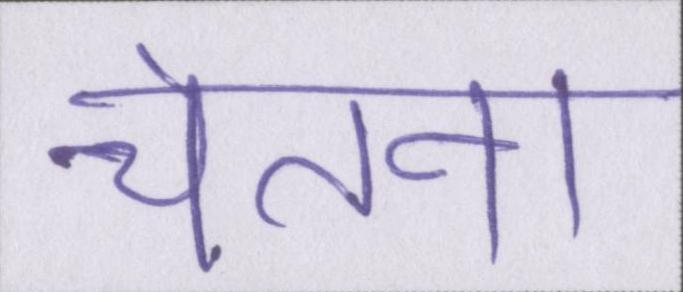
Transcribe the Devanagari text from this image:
चेतना